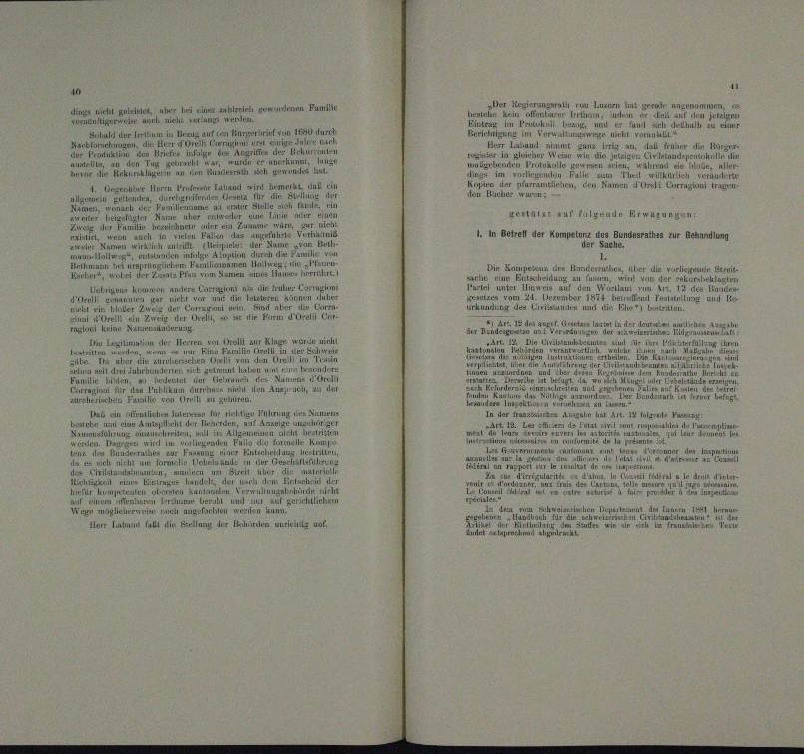
.
Anhalt der Irrtum in Bezug auf ir
u

nmen
eiun

een eine er u.

Degenüwe 111
n
u Händen,

n

u
un
i

a
u
tae ein

din und

u

d. M. unter
ems nun ein früher se
en ander

2
n

 . . . .
n
u
n wurde
 Lilien der Herrn von Stall au
In der Beder
.
i
ännerun
.

e
.
 ellen
i zu geweren.
rcherischen Familie
al en ruhen u
.
dur
a
n
u
em, m
seiner einen
u
een der einen
a

n

n
n
¬

n
n
.
n
a Ber

eer haben halt die Bern der Helen erleute unf

rivun in durch
n
uhand ihm und ein

Matilen
n
lut

                             da femme den Bes
.
n
Malgestamentschienen eine
.
a

KONATEr auf TALGRAMM ETWALBAgen
1. In der Kompeten des Bundesrathes zur Behandlung
Die Kun
n den Handeren, über die vorsten Bernit
ung zu Turanz
u

eien mit ein einen eine
r
wilen.
n
.
der Kind
.
.
F

n
d

n
 hat
der Hausen
m
 Ver
und der
e

u
e
m

u

u
i
n
n der Lauren  her
,   und Schwelgestehen

in
.